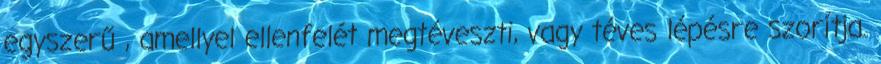
egyszerű , amellyel ellenfelét megtéveszti, vagy téves lépésre szorítja.